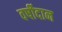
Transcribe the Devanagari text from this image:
वर्षीदान